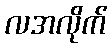
လအလိုက်